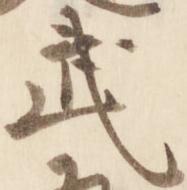
武